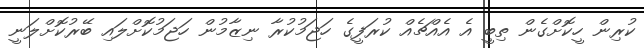
ކުރިން ހީކޮށްގެން ތިބީ އެ އެއްޗެއް ކުރަފީގެ ހަޖަމުކުރާ ނިޒާމުން ހަޖަމުކޮށްލައި ބޭރުކޮށްލަނީ